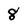
Character: 8